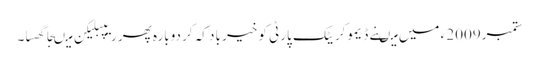
ستمبر2009 ء میں میںنے ڈیموکریٹک پارٹی کو خیر باد کہ کر دوبارہ پھر ریپبلیکن میںجا گھسا۔